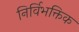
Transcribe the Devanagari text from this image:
निर्विभक्तिक